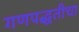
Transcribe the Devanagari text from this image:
गणपद्धतीचा